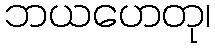
ဘယဟေတု၊